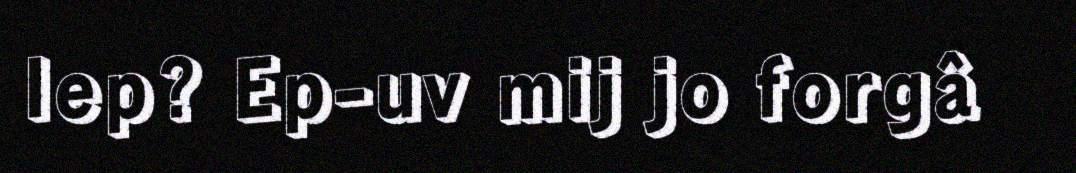
lep? Ep-uv mij jo forgâ